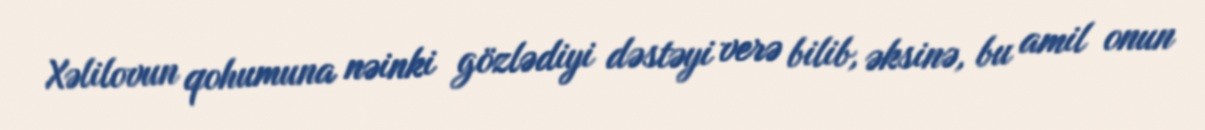
Xəlilovun qohumuna nəinki gözlədiyi dəstəyi verə bilib, əksinə, bu amil onun